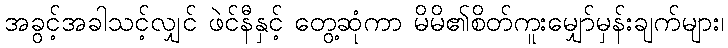
အခွင့်အခါသင့်လျှင် ဖဲင်နီနှင့် တွေ့ဆုံကာ မိမိ၏စိတ်ကူးမျှော်မှန်းချက်များ၊